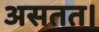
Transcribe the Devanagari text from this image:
असतत।